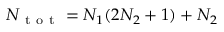
N _ { \mathrm { ~ t ~ o ~ t ~ } } = N _ { 1 } ( 2 N _ { 2 } + 1 ) + N _ { 2 }